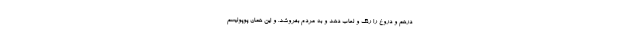
درهم و دروغ را رنگ و لعاب دهد و به مردم بفروشد. و این همان پوپولیسم